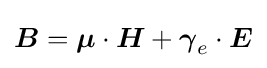
{\boldsymbol {B}}={\boldsymbol {\mu }}\cdot {\boldsymbol {H}}+{\boldsymbol {\gamma }}_{e}\cdot {\boldsymbol {E}}